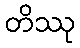
တိဿု